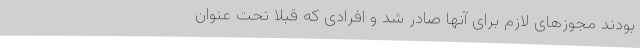
بودند مجوزهای لازم برای آنها صادر شد و افرادی که قبلاً تحت عنوان